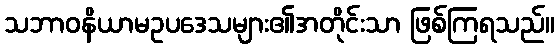
သဘာဝနိယာမဥပဒေသများ၏အတိုင်းသာ ဖြစ်ကြရသည်။